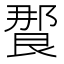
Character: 𰻸